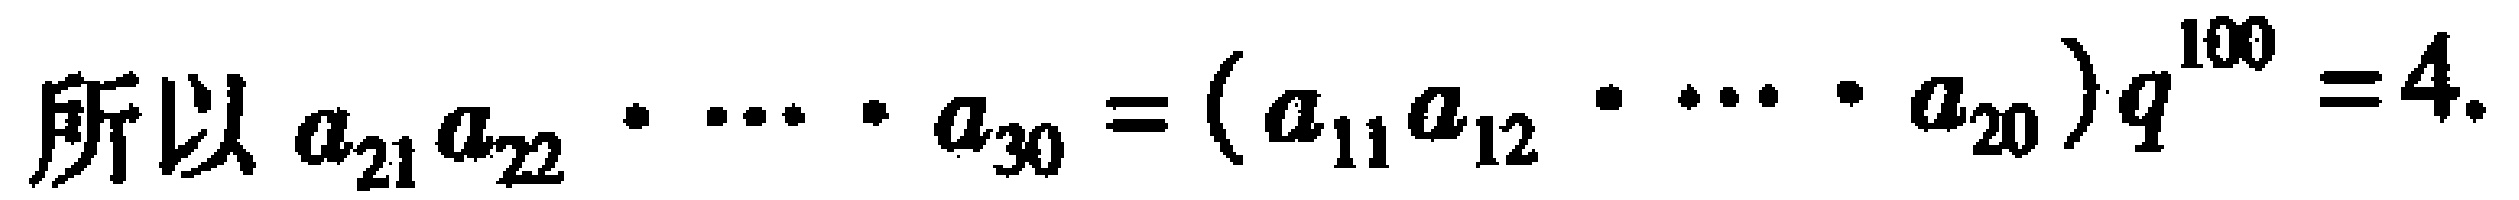
所以 \(a_{21}a_{22}\cdots a_{30}=(a_{11}a_{12}\cdots a_{20})q^{100}=4\).